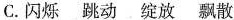
C. 闪烁 跳动 绽放 飘散